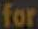
for